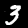
Label: 3